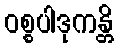
ဝစ္စပါဒုကန္တိ